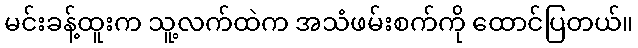
မင်းခန့်ထူးက သူ့လက်ထဲက အသံဖမ်းစက်ကို ထောင်ပြတယ်။